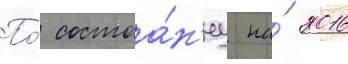
По́ состоа́н'иу на́ 2016